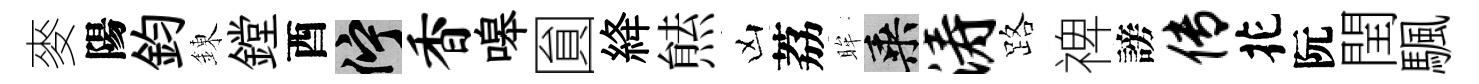
麥陽鈞錬鏜酉伫香嗥圎絳㷱凶荔眸乘涛路禆謗传花阮閏颿